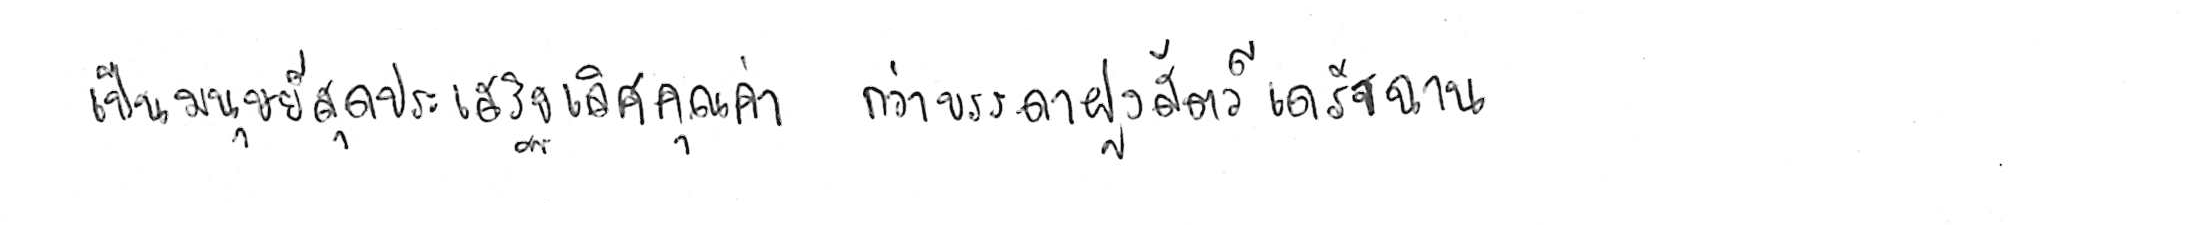
เป็นมนุษย์สุดประเสริฐเลิศคุณค่า กว่าบรรดาฝูงสัตว์เดรัจฉาน